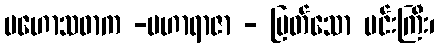
မဟောသဓာက -မဟာရာဇာ - မြတ်သော မင်းကြီး၊